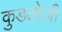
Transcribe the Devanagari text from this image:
कुडतोजी